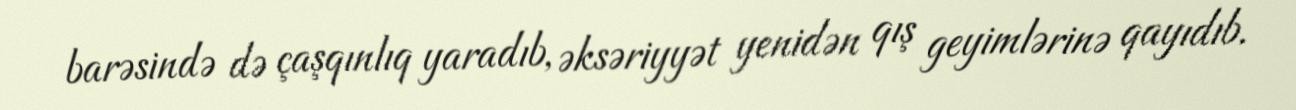
barəsində də çaşqınlıq yaradıb, əksəriyyət yenidən qış geyimlərinə qayıdıb.